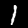
Label: 1